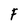
Character: F